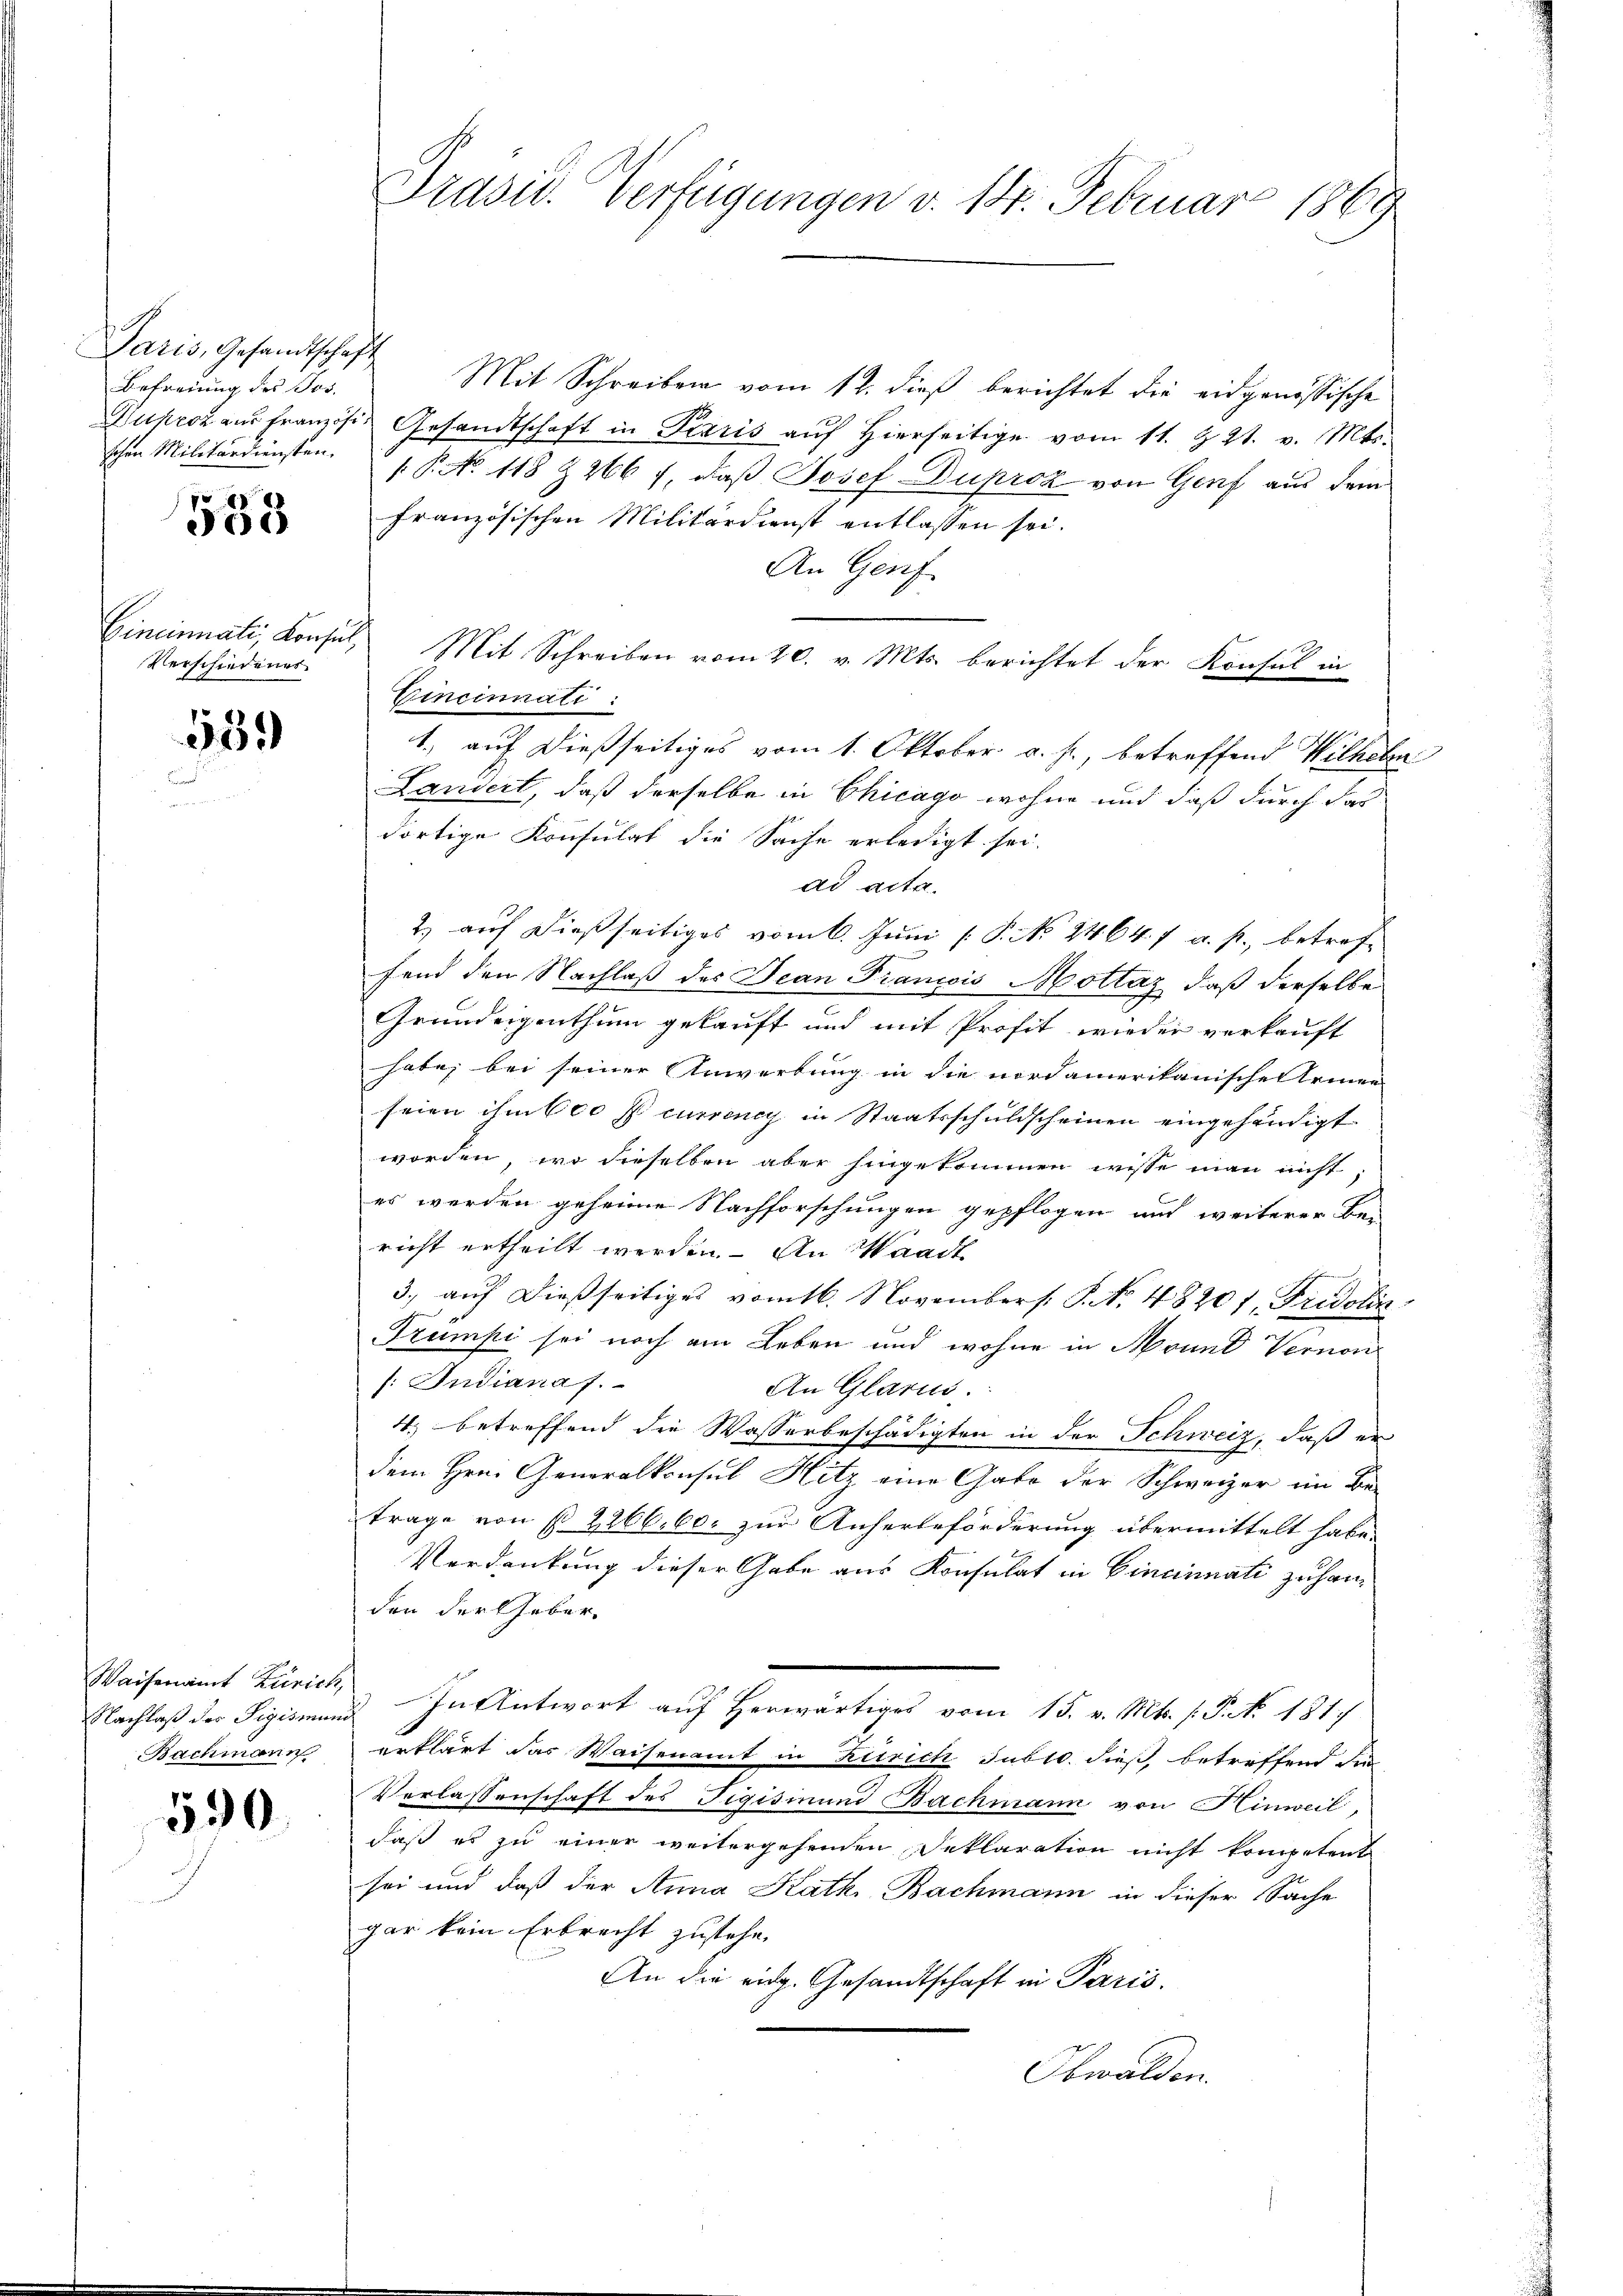
Paris, Gesandtschaft
Befreiung des Jos.
schen Militärdiensten.

558

Verschiedenes

539

Waisenamt Zürich,
Nachlaß des Sigismun
Bachmann

530.

Präsid. Verfügungen v. 14. Februar 1869

Mit Schreiben vom 12. dieß berichtet die eidgenössische
Duproz aus französ. Gesandtschaft in Paris aŭf hierseitige vom 11. Z. 21. v. Mts.
1.P. No 118 & 266 f, daß Josef Duprok von Genf aus dem
französischen Militärdienst entlassen sei.
An Genf
Cincinati, Konsul, Mit Schreiben vom 20. v. Mts. berichtet der Konsul in
Cincinnali
1., auf dießseitiges vom 1. Oktober v. J., betreffend Wilhelm
Landert, daß derselbe in Chicago wohne und daß durch das
dortige Konsulat die Sache erledigt sei.
ad acta.
2) auf dießseitiges vom 6. Juni [ P. No 2464. 7 a. p., betreffend den Nachlaß des Jean Francois Mottaz, daß derselbe
Grundeigenthum gekauft und mit Profit wieder verkauft
habe, bei seiner Anwerbung in die nordamerikanische Armen
seien ihm 600 f currenig in Staatsschuldscheinen eingehändigt
worden, wo dieselben aber hingekommen wisse man nicht;
es werden geheime Nachforschungen gepflogen und weiterer Be-
richt ertheilt werden. – An Waadt
3. aŭf dießseitiges vom 16. Novembers P. No. 48201, Fridolin
Trumpi sei noch am Leben und wohne in Mound Vernen
f: Indianaf.
An Glarus.
4., betreffend die Wasserbeschädigten in der Schweiz, daß er
dem Hrn. Generalkonsul Hitz eine Gabe der Schweizer im Be-
trage von § 2266. 60. zur Anherbeförderung übermittelt habe.
Verdankung dieser Gabe aus Konsulat in Cincinati zuhanden der Geber¬
 In Antwort auf Herwärtiges vom 15. v. Mt. f. Frk. 1319
erklärt das Waisenamt in Zürich Jublo. dieß, betreffend die
Verlassenschaft des Figismund Bachmann von Hinweil,
daß es zu einer weitergehenden Deklaration nicht kompetent
sei und daß der Anna Kath. Bachmann in dieser Sache
gar kein Erbrecht zustehe.
An die eidg. Gesandtschaft in Paris.
Obwalden.